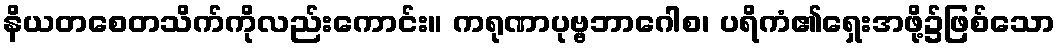
နိယတစေတသိက်ကိုလည်းကောင်း။ ကရုဏာပုဗ္ဗဘာဂေါစ၊ ပရိကံ၏ရှေးအဖို့၌ဖြစ်သော